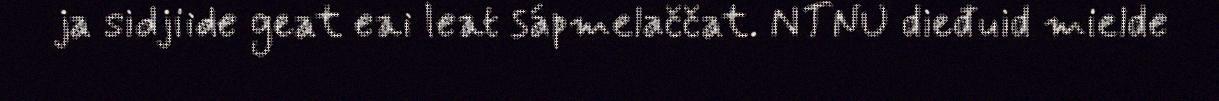
ja sidjiide geat eai leat sápmelaččat. NTNU dieđuid mielde